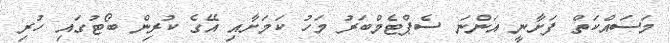
މަސައްކަތް ފަށާނީ އަންނަ ސެޕްޓެމްބަރު މަހު ކަމަށާއި އޭގެ ކުރިން ބޯޓުގައި ހުރި